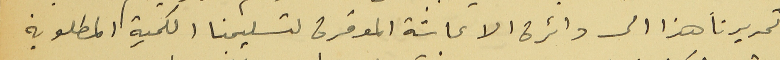
تحريرنا هذا الى دائرة الاعاشة الموقرة لتسليمنا الكمية المطلوبة